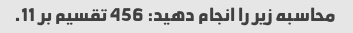
محاسبه زیر را انجام دهید: 456 تقسیم بر 11.